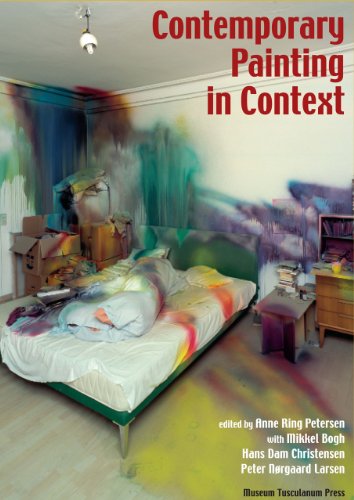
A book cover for Contemporary Painting in Context (The Novo Nordisk Art History Project); Arts & Photography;